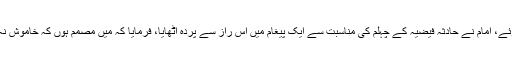
اس حادثہ میں کچه طلاب اور علماء شہید اور مجروح ہوئے، امام نے حادثہ فیضیہ کے چہلم کی مناسبت سے ایک پیغام میں اس راز سے پردہ اٹهایا، فرمایا کہ میں مصمم ہوں کہ خاموش نہ بیٹهوں، جب تک کہ فاسد حکومت کا قلع قمع نہ کردوں۔